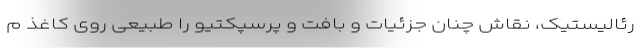
رئالیستیک، نقاش چنان جزئیات و بافت و پرسپکتیو را طبیعی روی کاغذ م